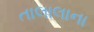
તાલાલાના